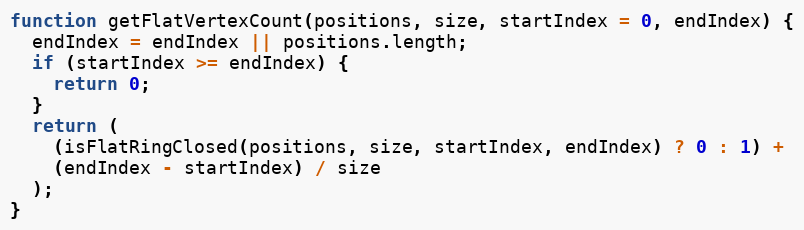
Language: JavaScript
function getFlatVertexCount(positions, size, startIndex = 0, endIndex) {
  endIndex = endIndex || positions.length;
  if (startIndex >= endIndex) {
    return 0;
  }
  return (
    (isFlatRingClosed(positions, size, startIndex, endIndex) ? 0 : 1) +
    (endIndex - startIndex) / size
  );
}